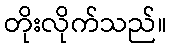
တိုးလိုက်သည်။